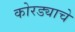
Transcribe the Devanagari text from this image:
कोरड्याचे